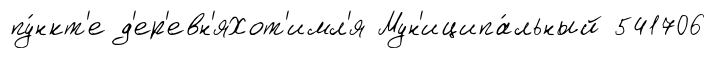
пу́нкт'е д'ер'евн'яХот'имл'я Мун'иципа́льный 541706